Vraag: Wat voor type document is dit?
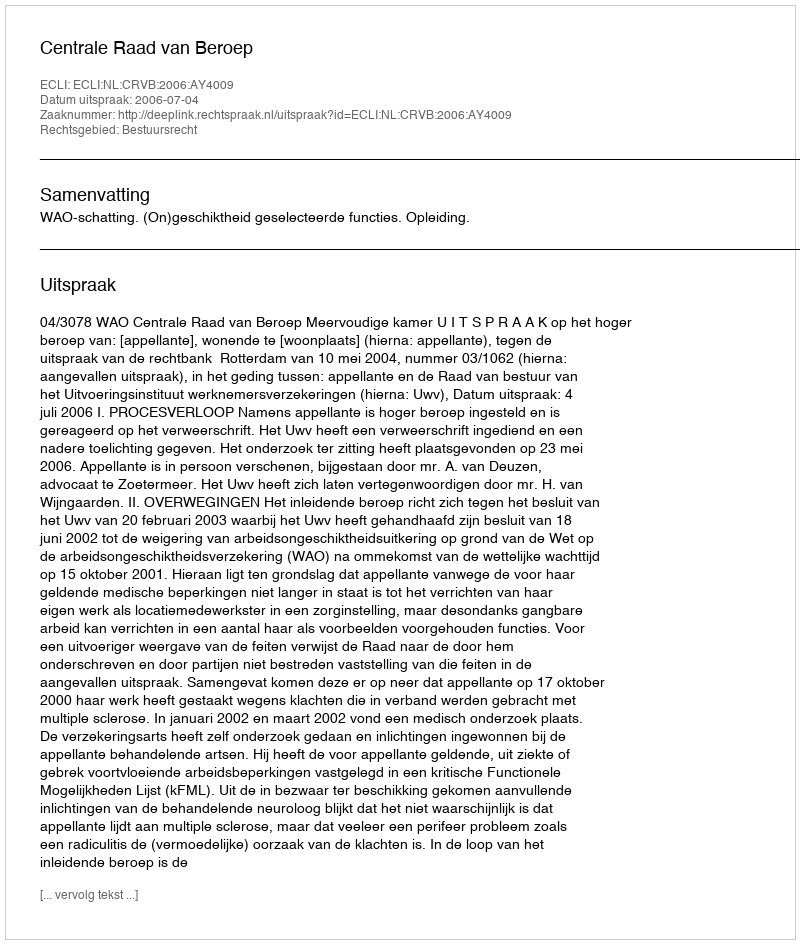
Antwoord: Uitspraak